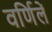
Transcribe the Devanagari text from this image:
वर्णिलें